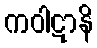
ကဝါဋာနိ